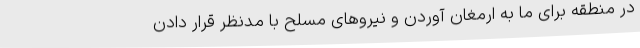
در منطقه برای ما به ارمغان آوردن و نیروهای مسلح با مدنظر قرار دادن